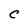
Character: C